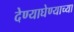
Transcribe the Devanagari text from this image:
देण्याघेण्याच्या